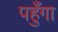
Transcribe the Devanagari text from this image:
पहुँगा